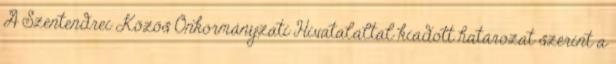
A Szentendrei Közös Önkormányzati Hivataláltal kiadott határozat szerint a